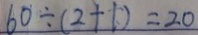
6 0 \div ( 2 + 1 ) = 2 0